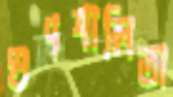
গুণশালিতা